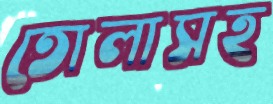
তোলাসহ